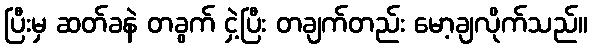
ပြီးမှ ဆတ်ခနဲ တခွက် ငှဲ့ပြီး တချက်တည်း မော့ချလိုက်သည်။